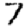
Digit: 7